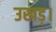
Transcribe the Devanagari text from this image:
उखड़।